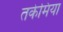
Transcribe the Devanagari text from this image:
तकेमिया